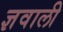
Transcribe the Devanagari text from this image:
ज्ञवाली